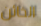
الخائن